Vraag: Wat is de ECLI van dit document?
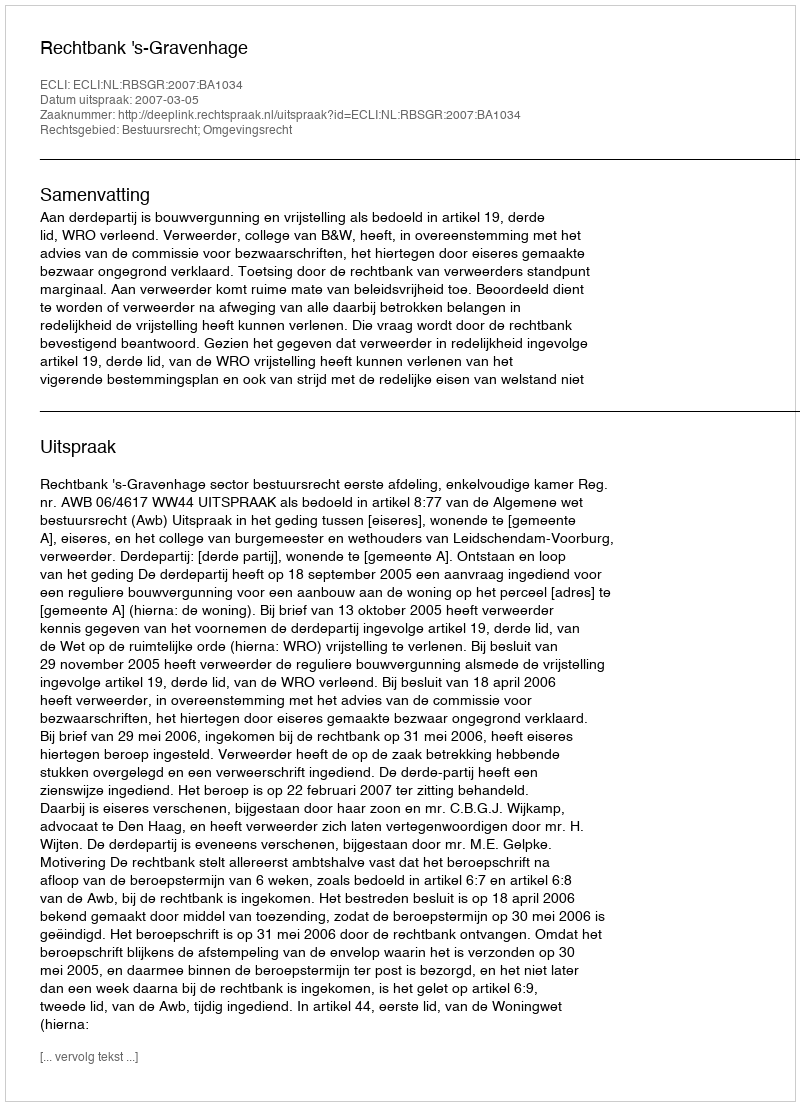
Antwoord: ECLI:NL:RBSGR:2007:BA1034